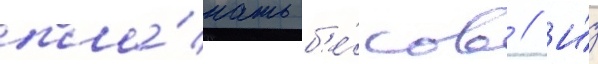
пла́кать б'е́сов // И́з